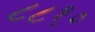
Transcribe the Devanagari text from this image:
८८१०